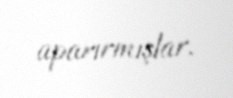
aparırmışlar.